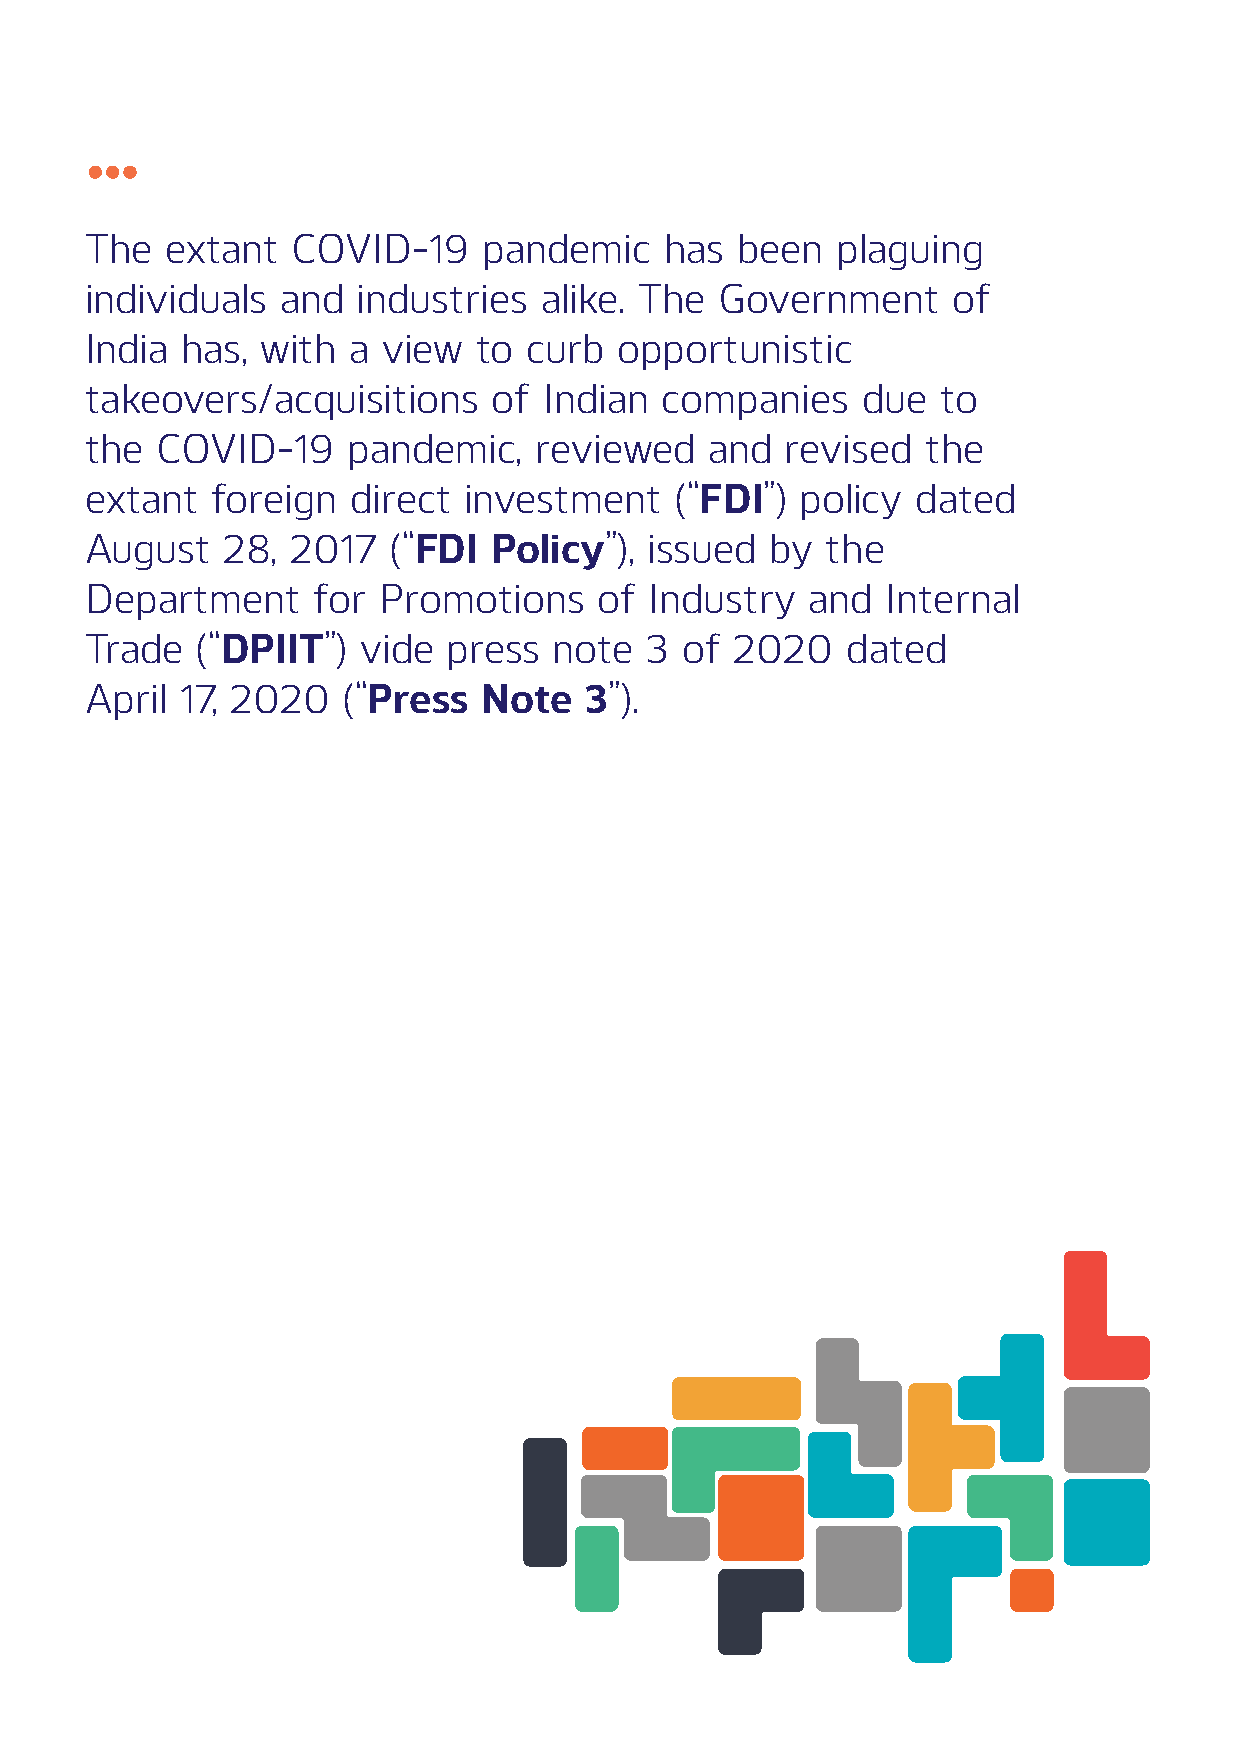
The  extant  COVID-19     pandemic    has  been  plaguing
 individuals  and  industries  alike. The Government      of
 India has, with  a view   to curb  opportunistic
 takeovers/acquisitions     of Indian  companies    due  to
 the COVID-19     pandemic,   reviewed    and  revised  the
 extant  foreign  direct  investment    (“FDI”) policy  dated
 August   28, 2017   (“FDI  Policy”), issued  by  the
 Department     for Promotions     of Industry   and  Internal
 Trade  (“DPIIT”)  vide  press  note  3 of  2020   dated
 April 17, 2020   (“Press  Note   3”).